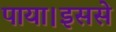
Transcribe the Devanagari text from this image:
पाया।इससे